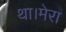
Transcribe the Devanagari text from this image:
था।मेरा